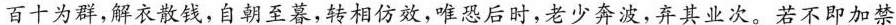
百十为群，解衣散钱，自朝至暮，转相仿效，唯恐后时，老少奔波，弃其业次。若不即加禁